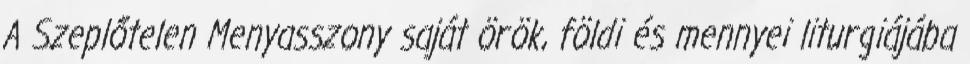
A Szeplőtelen Menyasszony saját örök, földi és mennyei liturgiájába